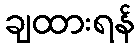
ချထားရန်